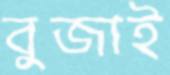
বুজাই